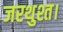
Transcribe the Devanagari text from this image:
जरथुश्त।